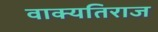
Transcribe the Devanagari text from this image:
वाक्यतिराज